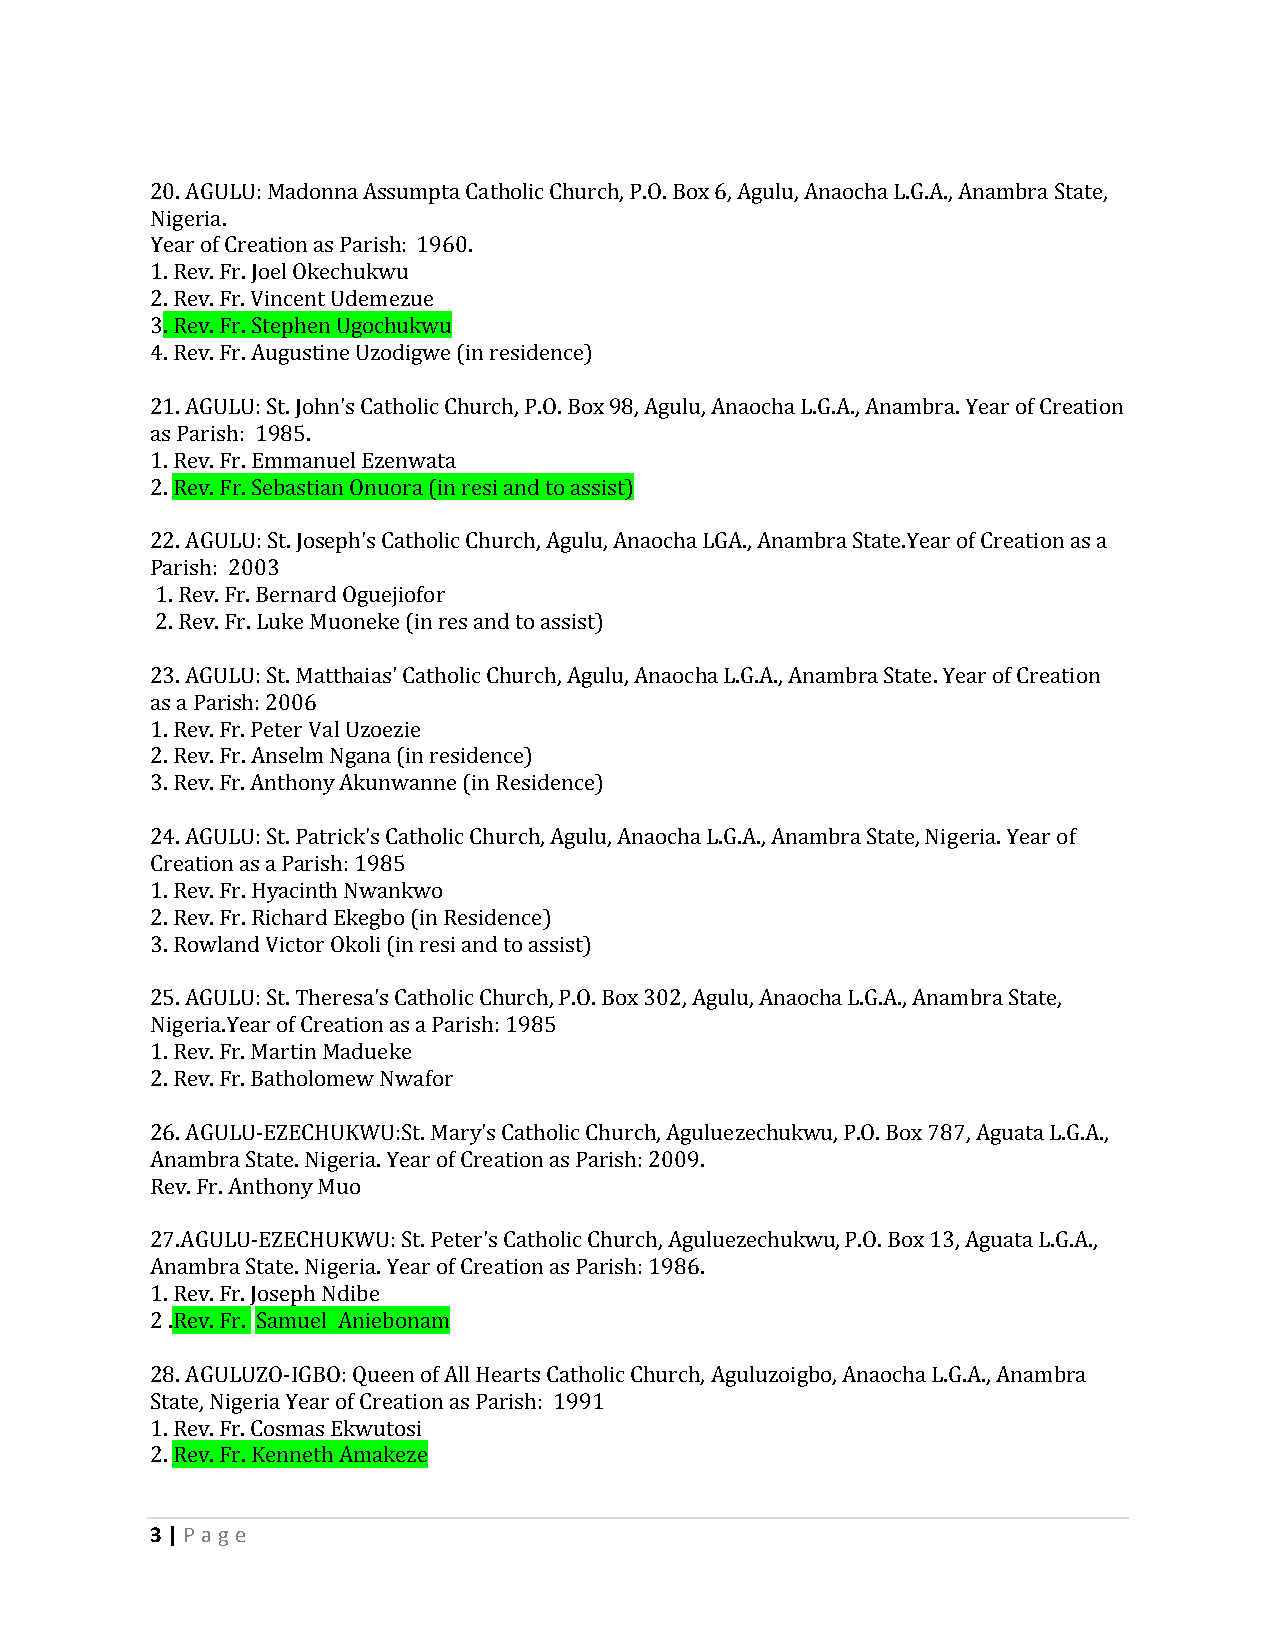
20. AGULU: Madonna Assumpta Catholic Church, P.O. Box 6, Agulu, Anaocha L.G.A., Anambra State,
 Nigeria.
 Year of Creation as Parish: 1960.
 1. Rev. Fr. Joel Okechukwu
 2. Rev. Fr. Vincent Udemezue
 3. Rev. Fr. Stephen Ugochukwu
 4. Rev. Fr. Augustine Uzodigwe (in residence)
 21. AGULU: St. John's Catholic Church, P.O. Box 98, Agulu, Anaocha L.G.A., Anambra. Year of Creation
 as Parish: 1985.
 1. Rev. Fr. Emmanuel Ezenwata
 2. Rev. Fr. Sebastian Onuora (in resi and to assist)
 22. AGULU: St. Joseph's Catholic Church, Agulu, Anaocha LGA., Anambra State.Year of Creation as a
 Parish: 2003
 1. Rev. Fr. Bernard Oguejiofor
 2. Rev. Fr. Luke Muoneke (in res and to assist)
 23. AGULU: St. Matthaias' Catholic Church, Agulu, Anaocha L.G.A., Anambra State. Year of Creation
 as a Parish: 2006
 1. Rev. Fr. Peter Val Uzoezie
 2. Rev. Fr. Anselm Ngana (in residence)
 3. Rev. Fr. Anthony Akunwanne (in Residence)
 24. AGULU: St. Patrick's Catholic Church, Agulu, Anaocha L.G.A., Anambra State, Nigeria. Year of
 Creation as a Parish: 1985
 1. Rev. Fr. Hyacinth Nwankwo
 2. Rev. Fr. Richard Ekegbo (in Residence)
 3. Rowland Victor Okoli (in resi and to assist)
 25. AGULU: St. Theresa's Catholic Church, P.O. Box 302, Agulu, Anaocha L.G.A., Anambra State,
 Nigeria.Year of Creation as a Parish: 1985
 1. Rev. Fr. Martin Madueke
 2. Rev. Fr. Batholomew Nwafor
 26. AGULU-EZECHUKWU:St. Mary's Catholic Church, Aguluezechukwu, P.O. Box 787, Aguata L.G.A.,
 Anambra State. Nigeria. Year of Creation as Parish: 2009.
 Rev. Fr. Anthony Muo
 27.AGULU-EZECHUKWU: St. Peter's Catholic Church, Aguluezechukwu, P.O. Box 13, Aguata L.G.A.,
 Anambra State. Nigeria. Year of Creation as Parish: 1986.
 1. Rev. Fr. Joseph Ndibe
 2 .Rev. Fr. Samuel Aniebonam
 28. AGULUZO-IGBO: Queen of All Hearts Catholic Church, Aguluzoigbo, Anaocha L.G.A., Anambra
 State, Nigeria Year of Creation as Parish: 1991
 1. Rev. Fr. Cosmas Ekwutosi
 2. Rev. Fr. Kenneth Amakeze
 3 | P age